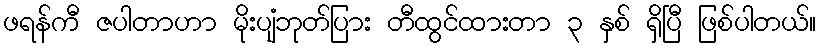
ဖရန်ကီ ဇပါတာဟာ မိုးပျံဘုတ်ပြား တီထွင်ထားတာ ၃ နှစ် ရှိပြီ ဖြစ်ပါတယ်။